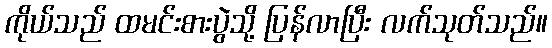
ကိုယ်သည် ထမင်းစားပွဲသို့ ပြန်လာပြီး လက်သုတ်သည်။